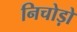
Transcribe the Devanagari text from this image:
निचोड़ो